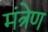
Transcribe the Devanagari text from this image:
मंत्रेण